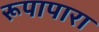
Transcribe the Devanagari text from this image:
रूपापारा